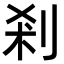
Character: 剎